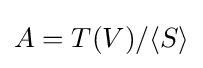
A=T(V)/\langle S\rangle